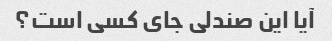
آیا این صندلی جای کسی است؟